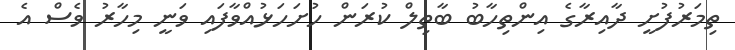
ތިމަރުފުށީ ދާއިރާގެ އިންތިހާބު ބާތިލް ކުރަން ހުށަހަޅުއްވާފައި ވަނީ މިހާރު ވެސް އެ